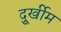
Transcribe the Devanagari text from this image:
दुूर्खीम